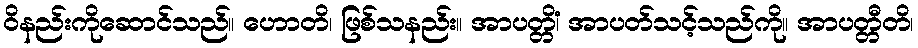
ဝိနည်းကိုဆောင်သည်။ ဟောတိ၊ ဖြစ်သနည်း။ အာပတ္တိံ၊ အာပတ်သင့်သည်ကို။ အာပတ္တီတိ၊